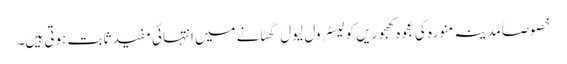
خصوصاً مدینہ منورہ کی عجوہ کھجوریں کولیسٹرول لیول گھٹانے میں انتہائی مفید ثابت ہوتی ہیں۔